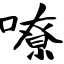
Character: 嘹